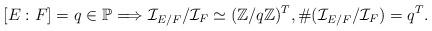
LaTeX: \begin{align*}\lbrack E:F\rbrack=q\in\mathbb{P} \Longrightarrow \mathcal{I}_{E/F}/\mathcal{I}_F\simeq(\mathbb{Z}/q\mathbb{Z})^T, \#(\mathcal{I}_{E/F}/\mathcal{I}_F)=q^T.\end{align*}